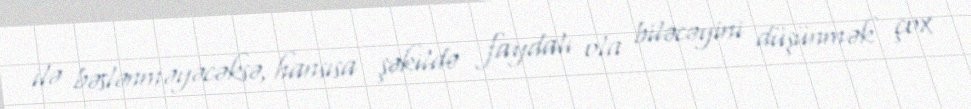
ilə bəslənməyəcəksə, hansısa şəkildə faydalı ola biləcəyini düşünmək çox